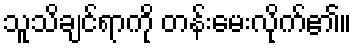
သူသိချင်ရာကို တန်းမေးလိုက်၏။